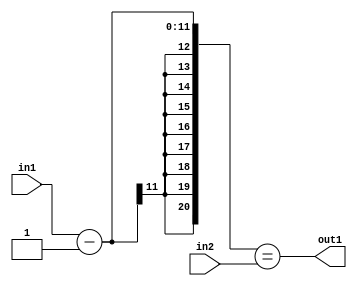
`timescale 1ps / 1ps
/*****************************************************************************
    Verilog RTL Description
    
    
    Created by: Stratus DpOpt 2019.1.01 
*******************************************************************************/

module st_feature_addr_gen_EqSubi1u11u16_4_0 (
	in2,
	in1,
	out1
	); /* architecture "behavioural" */ 
input [15:0] in2;
input [10:0] in1;
output  out1;
wire  asc001;
wire [11:0] asc003;

assign asc003 = 
	+(in1)
	-(12'B000000000001);

assign asc001 = ({{9{asc003[11]}}, asc003}==in2);

assign out1 = asc001;
endmodule

/* CADENCE  ubn0TA8= : u9/ySgnWtBlWxVPRXgAZ4Og= ** DO NOT EDIT THIS LINE ******/